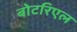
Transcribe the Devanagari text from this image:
बोटरिएल